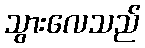
သွားလေသည်